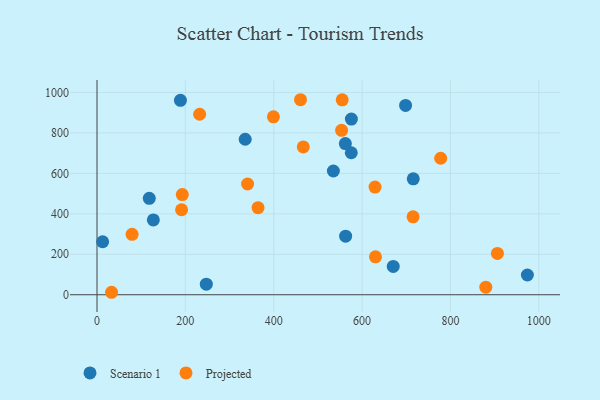
{"axis": {"x": "Study Hours", "y": "Profit"}, "legend": ["Projected", "Scenario 1"], "data": [{"x": "575.5", "y": 701.9, "type": "Scenario 1"}, {"x": "535.0", "y": 611.7, "type": "Scenario 1"}, {"x": "670.5", "y": 140.2, "type": "Scenario 1"}, {"x": "974.1", "y": 97.7, "type": "Scenario 1"}, {"x": "715.8", "y": 573.0, "type": "Scenario 1"}, {"x": "562.1", "y": 747.5, "type": "Scenario 1"}, {"x": "575.7", "y": 868.6, "type": "Scenario 1"}, {"x": "335.4", "y": 768.7, "type": "Scenario 1"}, {"x": "118.3", "y": 476.8, "type": "Scenario 1"}, {"x": "12.7", "y": 262.0, "type": "Scenario 1"}, {"x": "127.5", "y": 370.0, "type": "Scenario 1"}, {"x": "562.7", "y": 289.4, "type": "Scenario 1"}, {"x": "188.8", "y": 961.0, "type": "Scenario 1"}, {"x": "698.4", "y": 935.9, "type": "Scenario 1"}, {"x": "247.4", "y": 52.4, "type": "Scenario 1"}, {"x": "630.3", "y": 187.3, "type": "Projected"}, {"x": "715.4", "y": 385.2, "type": "Projected"}, {"x": "399.3", "y": 879.7, "type": "Projected"}, {"x": "232.3", "y": 892.2, "type": "Projected"}, {"x": "777.9", "y": 674.8, "type": "Projected"}, {"x": "79.4", "y": 298.5, "type": "Projected"}, {"x": "340.8", "y": 547.4, "type": "Projected"}, {"x": "193.0", "y": 495.3, "type": "Projected"}, {"x": "460.6", "y": 964.1, "type": "Projected"}, {"x": "191.4", "y": 420.1, "type": "Projected"}, {"x": "364.5", "y": 430.3, "type": "Projected"}, {"x": "629.3", "y": 532.5, "type": "Projected"}, {"x": "466.9", "y": 731.0, "type": "Projected"}, {"x": "880.0", "y": 37.5, "type": "Projected"}, {"x": "32.9", "y": 12.2, "type": "Projected"}, {"x": "555.0", "y": 963.5, "type": "Projected"}, {"x": "553.6", "y": 813.0, "type": "Projected"}, {"x": "906.3", "y": 204.1, "type": "Projected"}]}